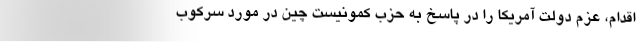
اقدام، عزم دولت آمریکا را در پاسخ به حزب کمونیست چین در مورد سرکوب